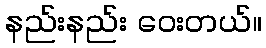
နည်းနည်း ဝေးတယ်။